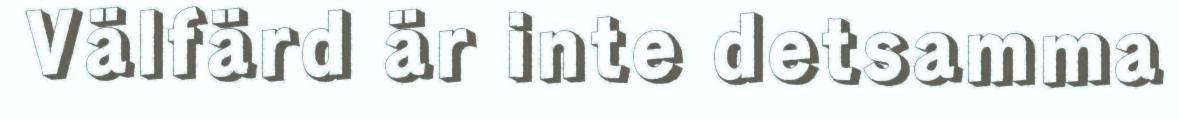
Välfärd är inte detsamma